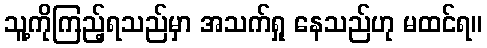
သူ့ကိုကြည့်ရသည်မှာ အသက်ရှု နေသည်ဟု မထင်ရ။